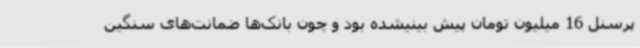
پرسنل 16 میلیون تومان پیش بینیشده بود و چون بانک‌ها ضمانت‌های سنگین